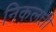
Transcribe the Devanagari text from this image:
निकलती